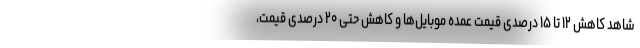
شاهد کاهش ۱۲ تا ۱۵ درصدی قیمت عمده موبایل‌ها و کاهش حتی ۲۰ درصدی قیمت،